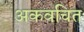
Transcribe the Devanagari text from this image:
अकवचित